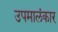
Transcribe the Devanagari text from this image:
उपमालंकार